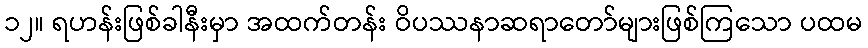
၁၂။ ရဟန်းဖြစ်ခါနီးမှာ အထက်တန်း ဝိပဿနာဆရာတော်များဖြစ်ကြသော ပထမ